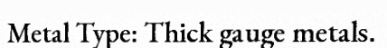
Metal Type: Thick gauge metals.